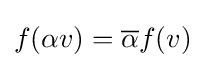
f(\alpha v)={\overline {\alpha }}f(v)